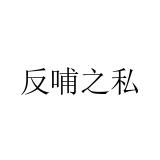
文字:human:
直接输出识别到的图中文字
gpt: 反哺之私